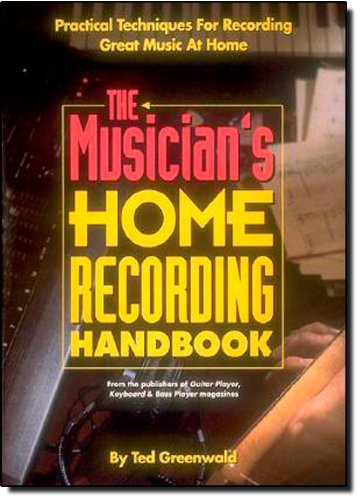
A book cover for The Musician's Home Recording Handbook (Reference); Ted Greenwald; Crafts, Hobbies & Home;